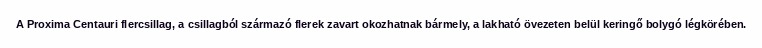
A Proxima Centauri flercsillag, a csillagból származó flerek zavart okozhatnak bármely, a lakható övezeten belül keringő bolygó légkörében.